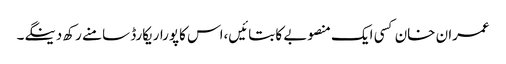
عمران خان کسی ایک منصوبے کا بتائیں،اس کاپوراریکارڈ سامنے رکھ دینگے۔